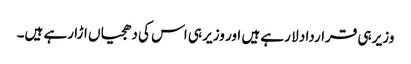
وزیر ہی قرارداد لا رہے ہیں اور وزیر ہی اس کی دھجیاں اڑا رہے ہیں۔